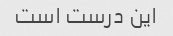
این درست است